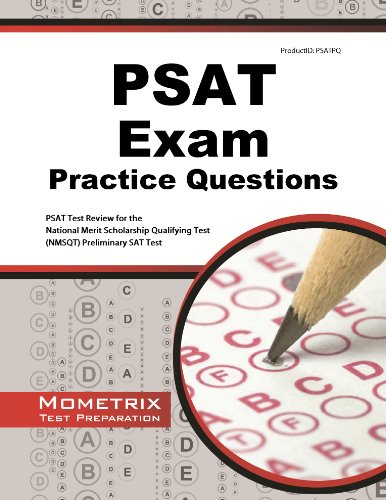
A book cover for PSAT Exam Practice Questions: PSAT Practice Tests & Review for the National Merit Scholarship Qualifying Test (NMSQT) Preliminary SAT Test; PSAT Exam Secrets Test Prep Team; Test Preparation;